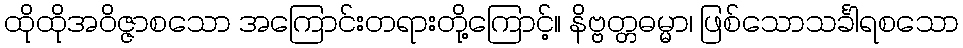
ထိုထိုအဝိဇ္ဇာစသော အကြောင်းတရားတို့ကြောင့်။ နိဗ္ဗတ္တဓမ္မာ၊ ဖြစ်သောသင်္ခါရစသော